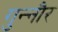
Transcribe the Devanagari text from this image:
गुन्‍नौर